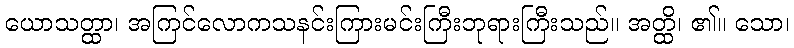
ယောသတ္ထာ၊ အကြင်လောကသနင်းကြားမင်းကြီးဘုရားကြီးသည်။ အတ္ထိ၊ ၏။ သော၊